Annual report on the mental hospital in the Central Provinces and Berar (Nagpur) - 1927-1951
Year: 1927
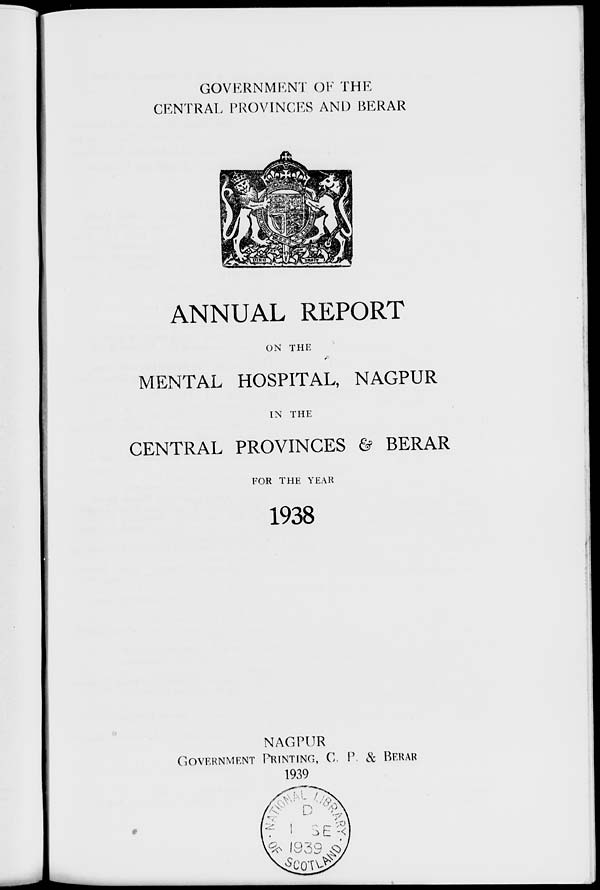
GOVERNMENT OF THE
CENTRAL PROVINCES AND BERAR
ANNUAL REPORT
ON THE
MENTAL HOSPITAL, NAGPUR
IN THE
CENTRAL PROVINCES & BERAR
FOR THE YEAR
1938
NAGPUR
GOVERNMENT PRINTING, C. P. & BERAR
1939